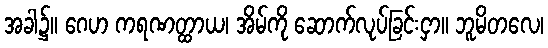
အခါ၌။ ဂေဟ ကရဏတ္ထာယ၊ အိမ်ကို ဆောက်လုပ်ခြင်းငှာ။ ဘူမိတလေ၊